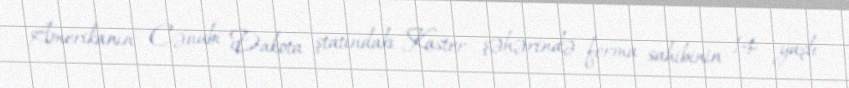
Amerikanın Cənubi Dakota ştatındakı Kaster şəhərində ferma sahibinin 14 yaşlı